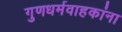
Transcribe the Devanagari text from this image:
गुणधर्मवाहकांना